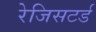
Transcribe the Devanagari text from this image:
रेजिसटर्ड